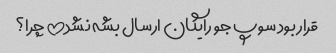
قرار بود سوپ جو رایگان ارسال بشه نشد!! چرا؟